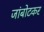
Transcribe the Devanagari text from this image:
जांबोटकर